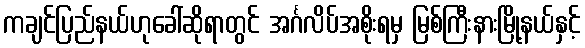
ကချင်ပြည်နယ်ဟုခေါ်ဆိုရာတွင် အင်္ဂလိပ်အစိုးရမှ မြစ်ကြီးနားမြို့နယ်နှင့်